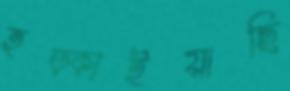
হড়্‌কাইয়াছি